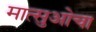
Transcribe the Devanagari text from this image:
मात्सुओचा